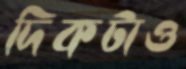
দিকটাও